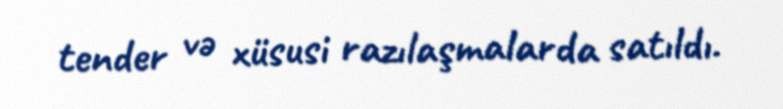
tender və xüsusi razılaşmalarda satıldı.